Eesti_Vabariigi_Tartu_Ulikool, lk 42
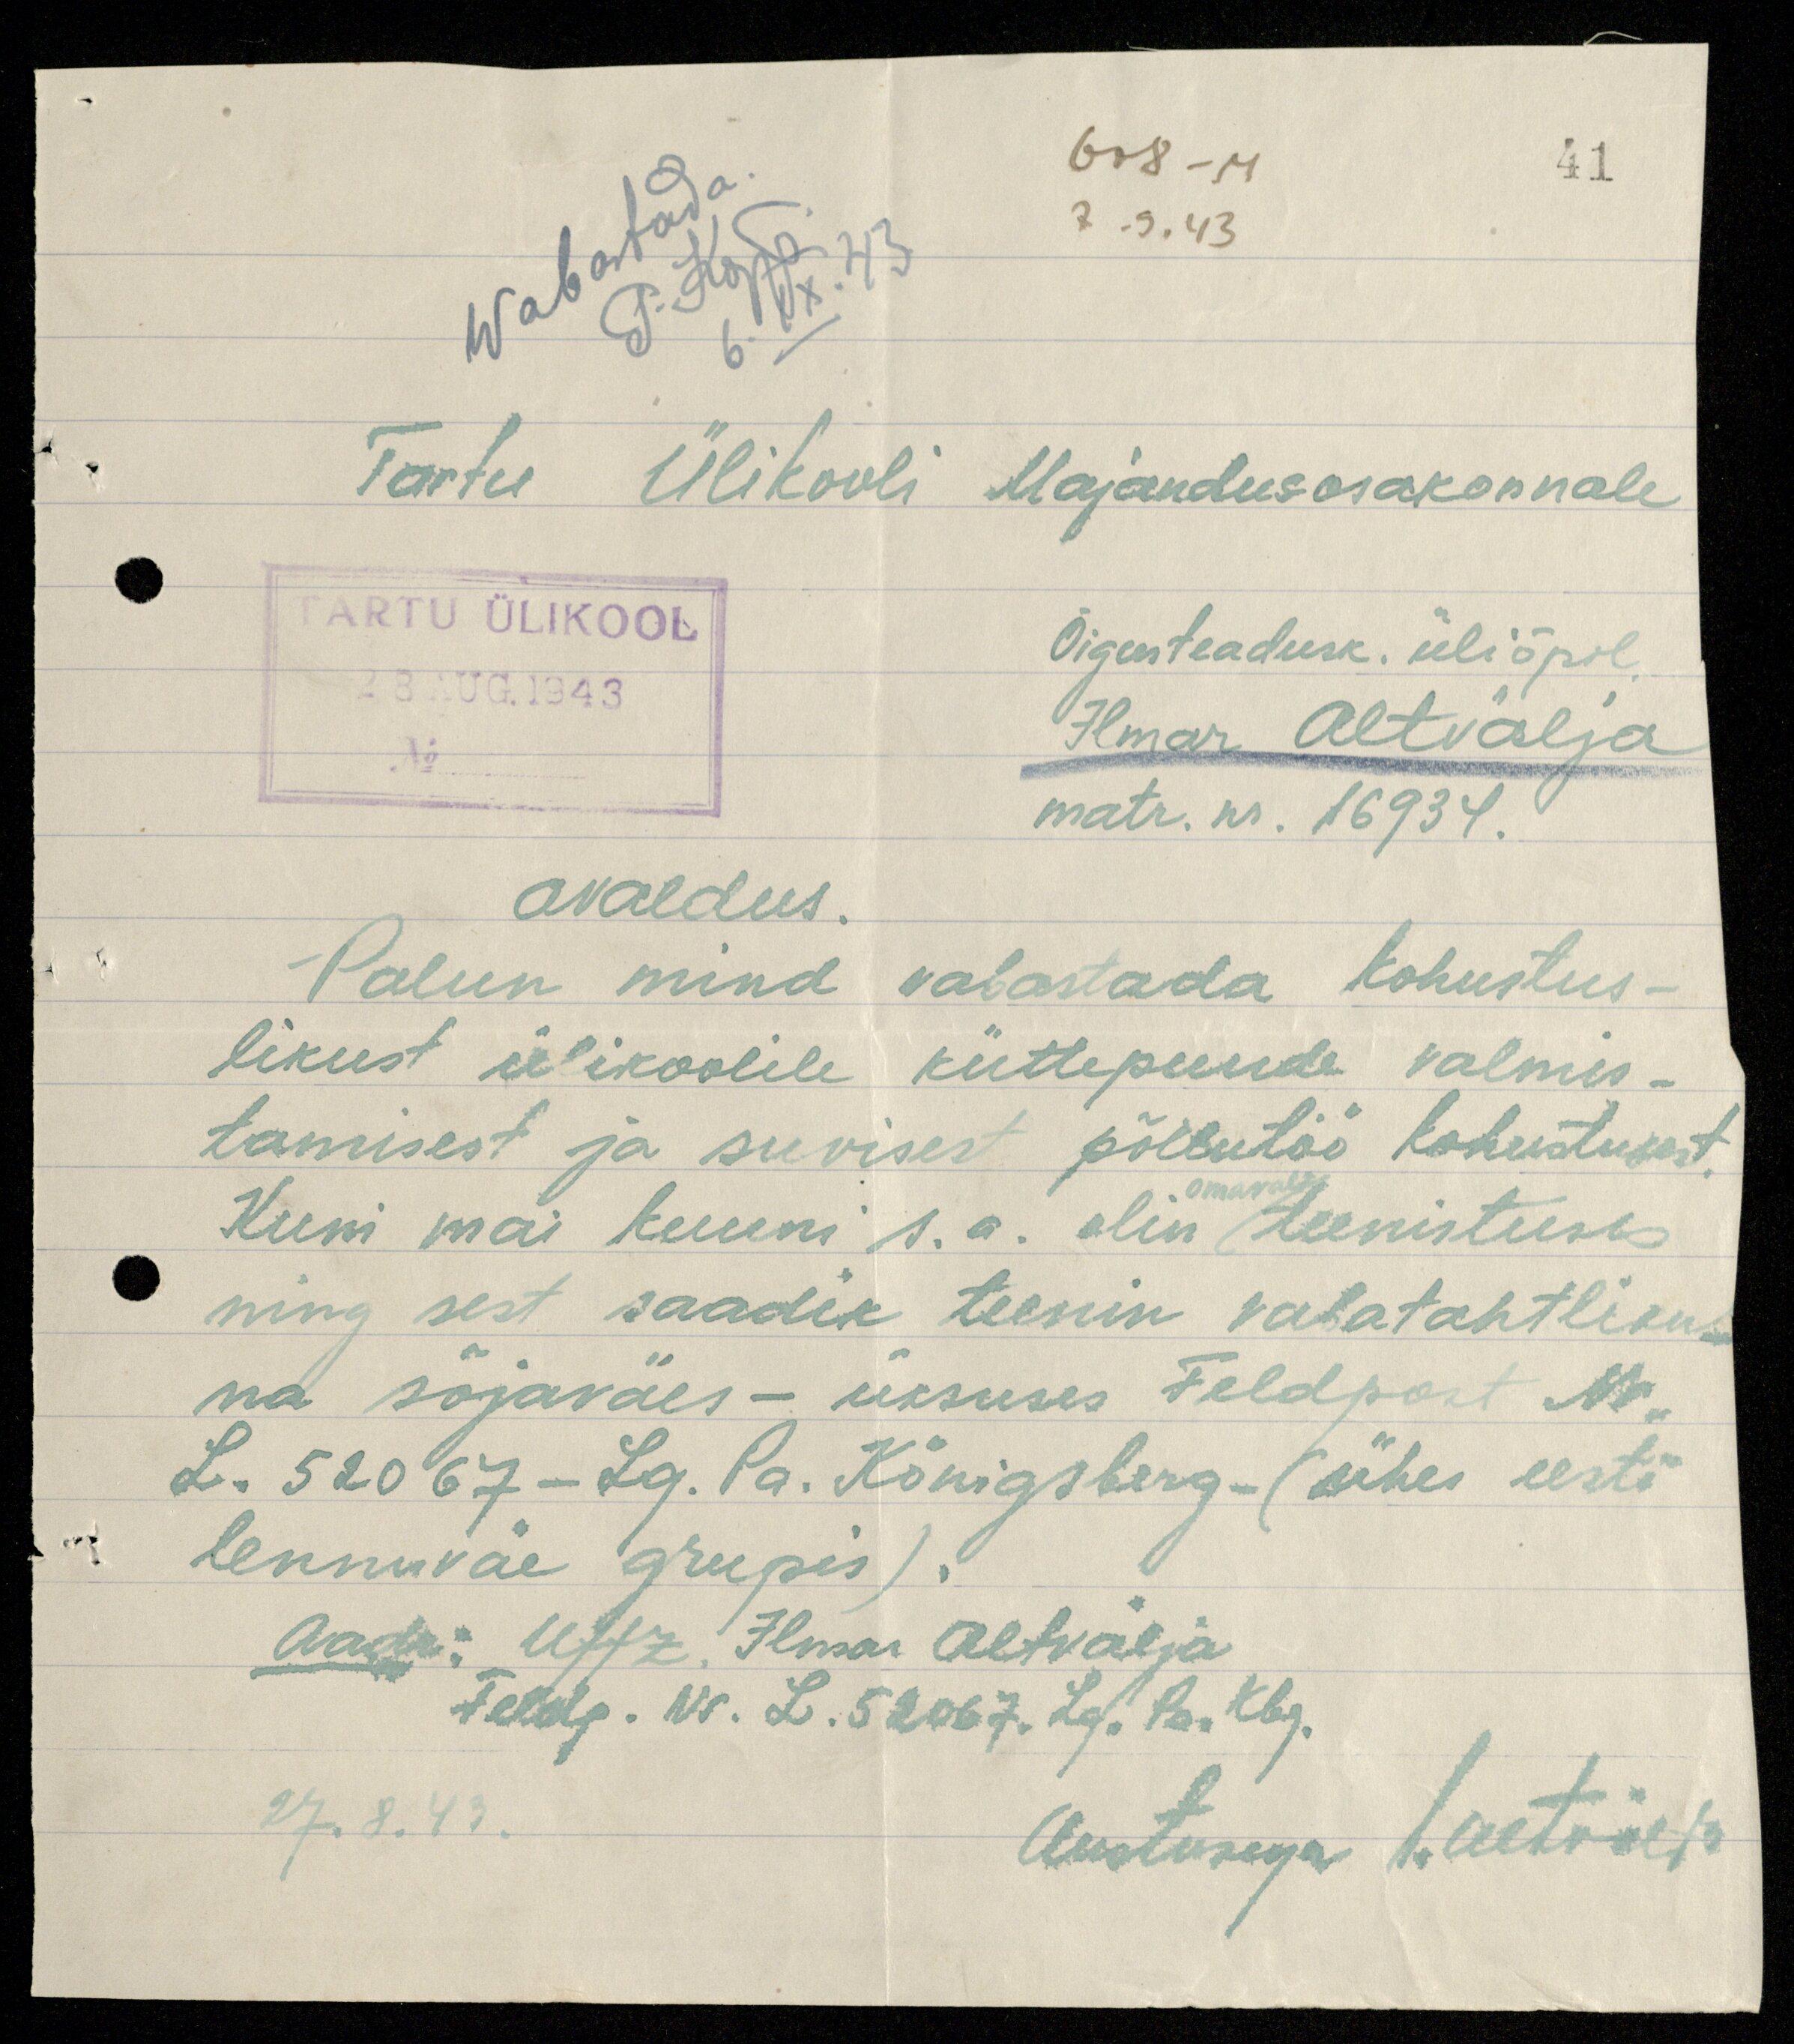
41
608-M
7. 9. 43
Wabastada.
P. Kõpp.
6. IX. 43
Tartu Ülikooli Majandusosakonnale
TARTU ÜLIKOOL
28 AUG.1943
No
Õigusteadusk. üliõpil.
Ilmar Altvälja
matr. nr. 16934.
avaldus.
Palun mind vabastada kohustus-
likust ülikoolile küttepuude valmis-
tamisest ja suvisest põllutöö kohustusest.
omaval
Kuni mai kuuni s. a. olin teenistuses
ning sest saadik teenin vabatahtliku-
na sõjaväes - üksuses Feldpost Nr.
L. 52067 - Lg. Pa. Königsberg - (ühes eesti
lennuväe grupis).
Aadr: Uffz. Ilmar Altvälja
Feldp. Nr. L. 52067. Lg. Pa. Kbg.
27. 8. 43.
Austusega I. Altvälja